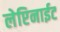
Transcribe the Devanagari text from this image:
लेप्टिनाईट